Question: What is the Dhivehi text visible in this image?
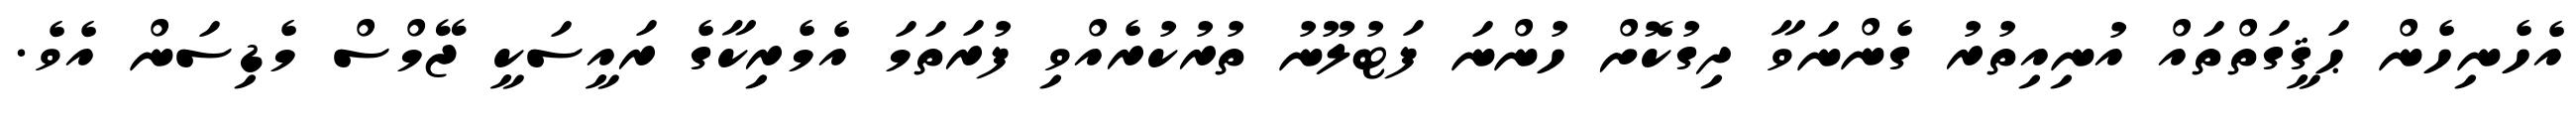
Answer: އެހެނިހެން ޙަޤީގަތްތައް އުނިއިތުރު ގެންނަވާ ދިގުކޮށް ހުންނަ ފަޓުލޫނު ތުރުކުރެއްވި ފުރަތަމަ އެމެރިކާގެ ރައީސަކީ ޖޭމްސް މެޑިސަން އެވެ.